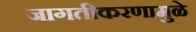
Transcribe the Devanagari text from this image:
जागतीकरणामुळे